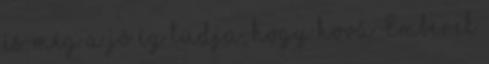
és még a jó ég tudja, hogy hová Emberek